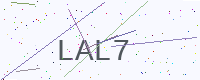
Text: LAL7